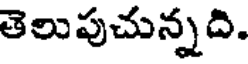
తెలుపుచున్నది.